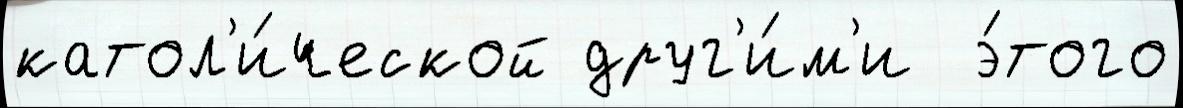
катол'и́ческой друг'и́м'и  э́того